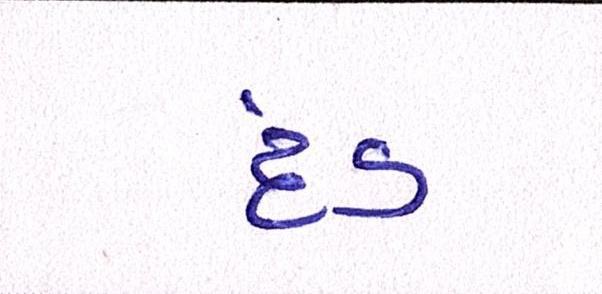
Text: દંડ